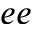
e e